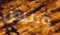
وميض